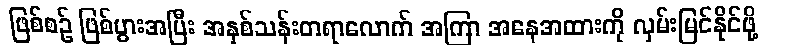
ဖြစ်စဉ် ဖြစ်ပွားအပြီး အနှစ်သန်းတရာလောက် အကြာ အနေအထားကို လှမ်းမြင်နိုင်ဖို့